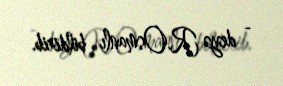
- deyə R.Osmanlı bildirib.